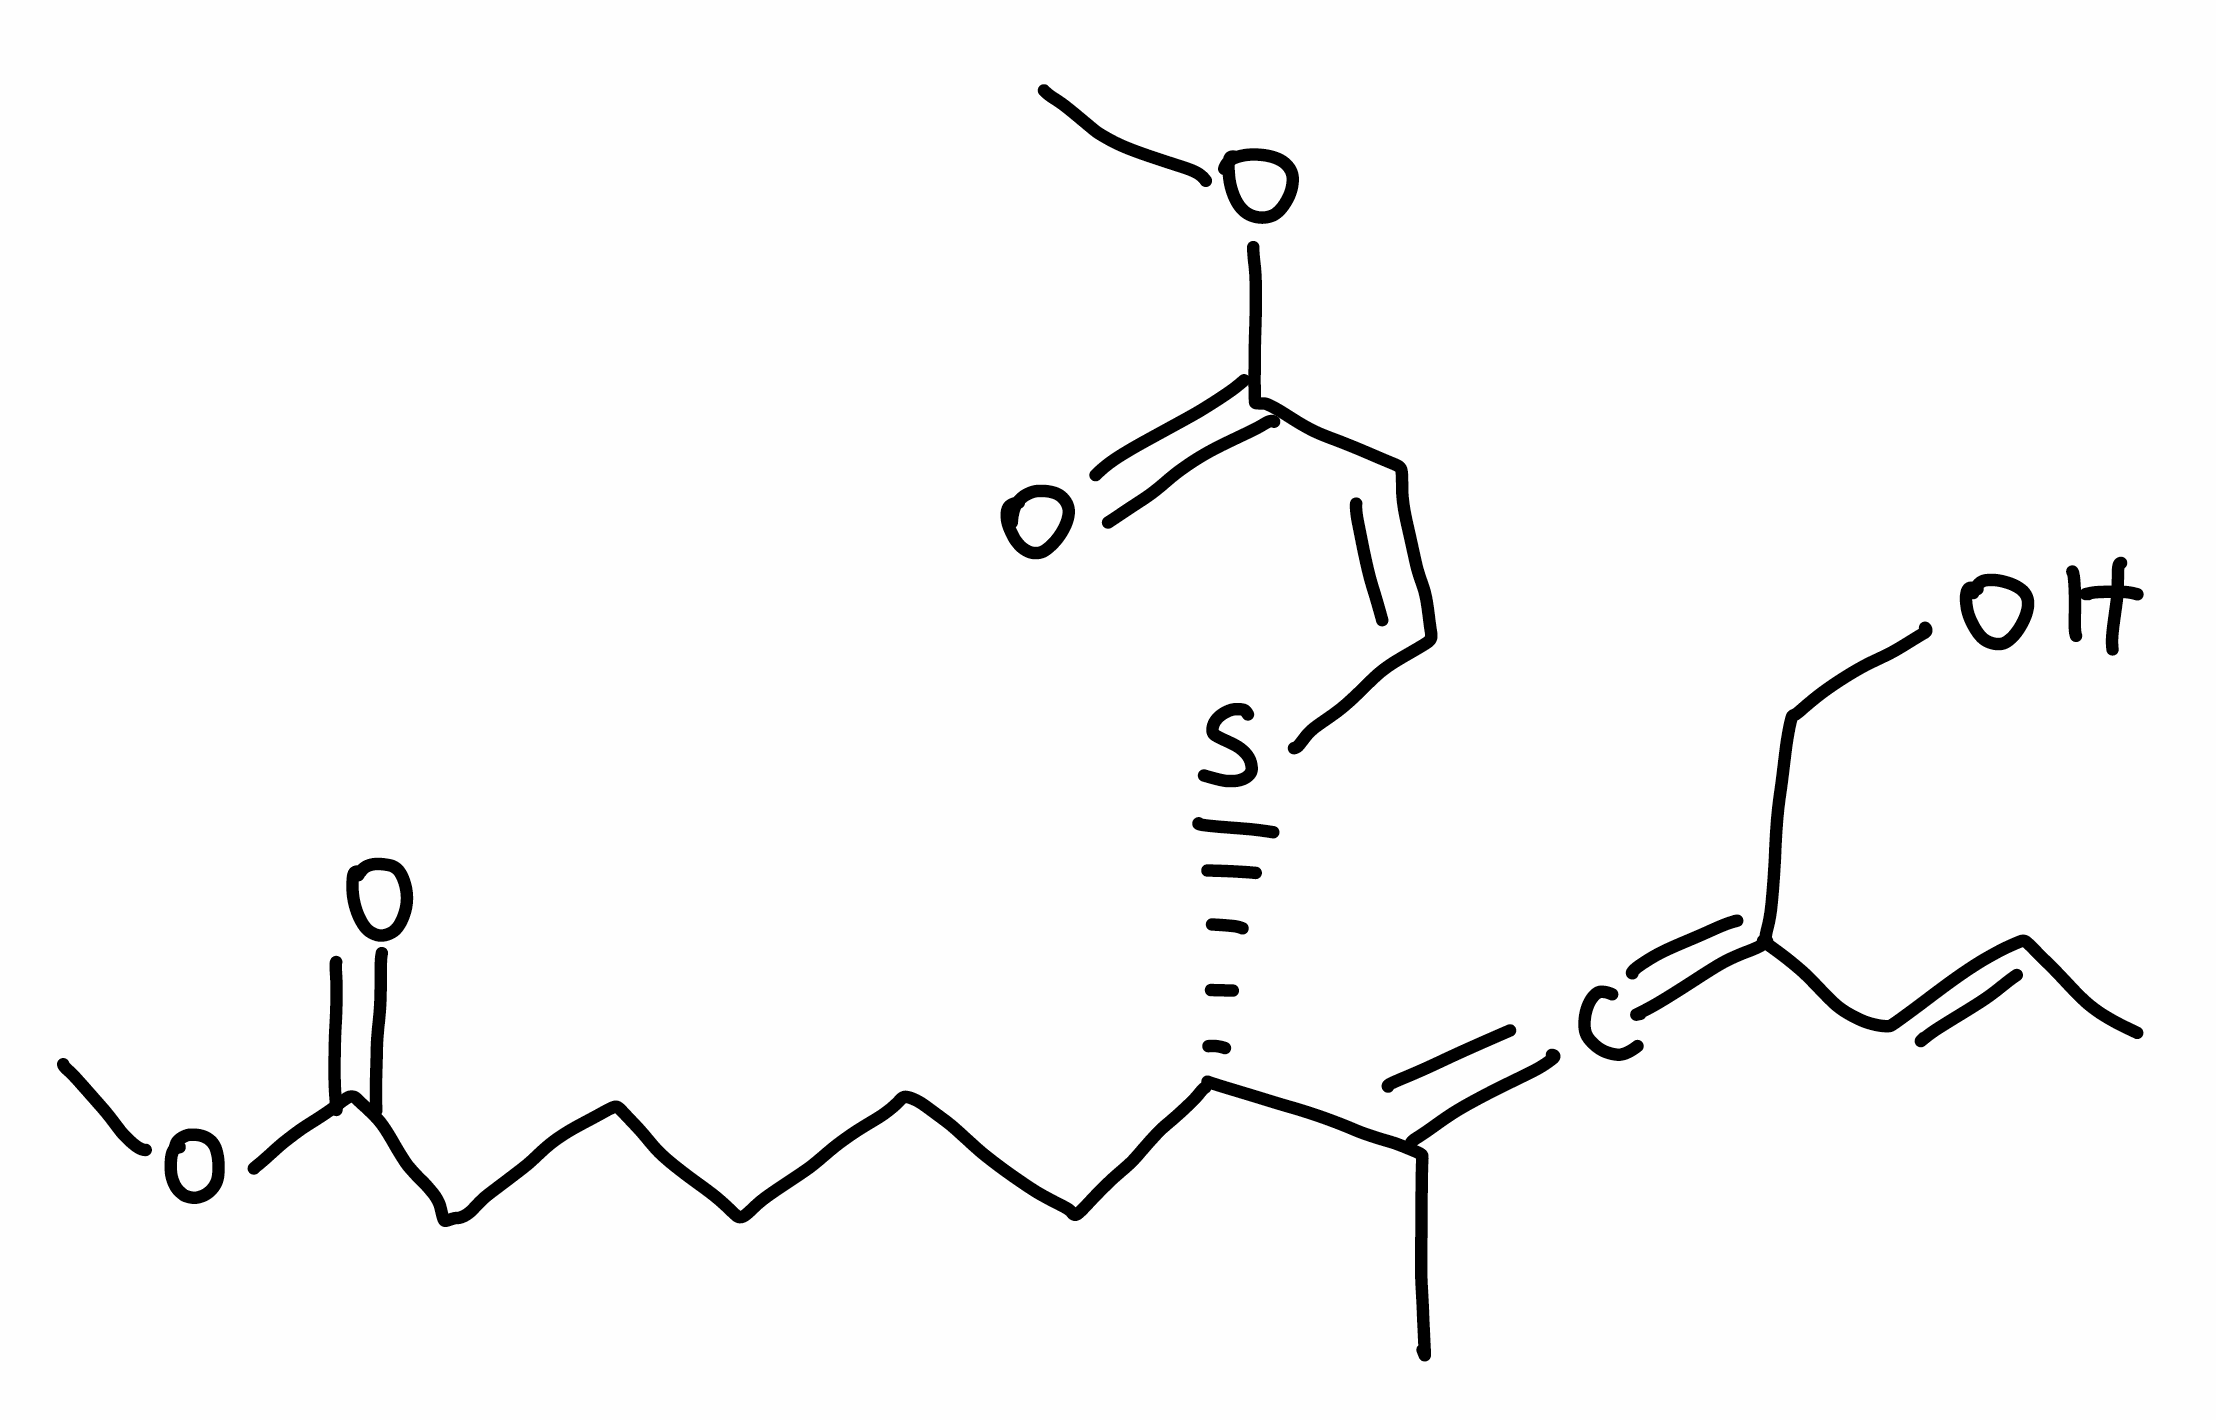
Simplified molecular-input line-entry system (SMILES) notation of the given molecule:
C/C=C/C(=C=C(C)[C@H](CCCCCC(=O)OC)S/C=C\C(=O)OC)CO